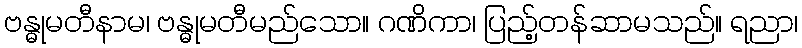
ဗန္ဓုမတီနာမ၊ ဗန္ဓုမတီမည်သော။ ဂဏိကာ၊ ပြည့်တန်ဆာမသည်။ ရညာ၊